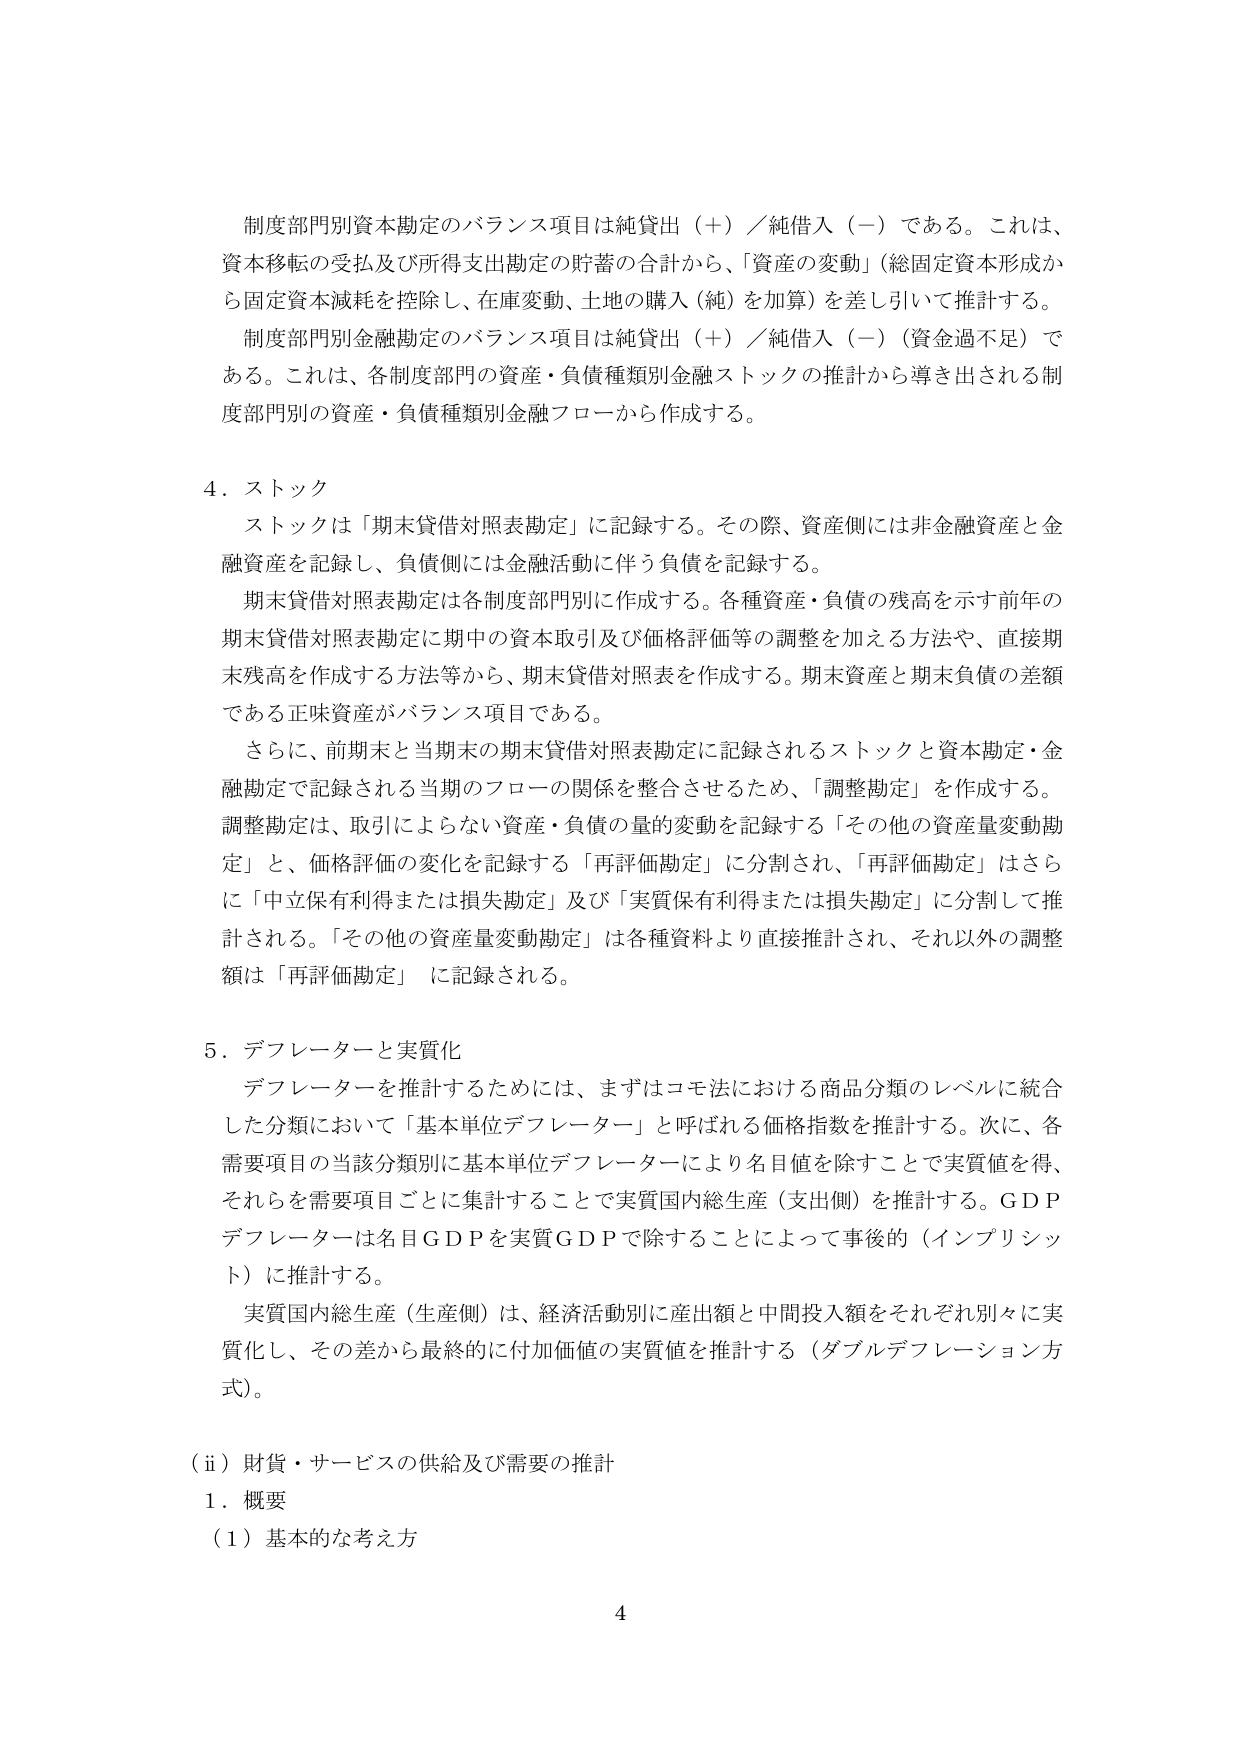
制度部門別資本勘定のバランス項目は純貸出（＋）／純借入（－）である。これは、
資本移転の受払及び所得支出勘定の貯蓄の合計から、「資産の変動」（総固定資本形成か
ら固定資本減耗を控除し、在庫変動、土地の購入（純）を加算）を差し引いて推計する。
制度部門別金融勘定のバランス項目は純貸出（＋）／純借入（－）（資金過不足）で
ある。これは、各制度部門の資産・負債種類別金融ストックの推計から導き出される制
度部門別の資産・負債種類別金融フローから作成する。

４．ストック
　ストックは「期末貸借対照表勘定」に記録する。その際、資産側には非金融資産と金
融資産を記録し、負債側には金融活動に伴う負債を記録する。
　期末貸借対照表勘定は各制度部門別に作成する。各種資産・負債の残高を示す前年の
期末貸借対照表勘定に期中の資本取引及び価格評価等の調整を加える方法や、直接期
末残高を作成する方法等から、期末貸借対照表を作成する。期末資産と期末負債の差額
である正味資産がバランス項目である。
　さらに、前期末と当期末の期末貸借対照表勘定に記録されるストックと資本勘定・金
融勘定で記録される当期のフローの関係を整合させるため、「調整勘定」を作成する。
調整勘定は、取引によらない資産・負債の量的変動を記録する「その他の資産量変動勘
定」と、価格評価の変化を記録する「再評価勘定」に分割され、「再評価勘定」はさら
に「中立保有利得または損失勘定」及び「実質保有利得または損失勘定」に分割して推
計される。「その他の資産量変動勘定」は各種資料より直接推計され、それ以外の調整
額は「再評価勘定」に記録される。

５．デフレーターと実質化
　デフレーターを推計するためには、まずはコモ法における商品分類のレベルに統合
した分類において「基本単位デフレーター」と呼ばれる価格指数を推計する。次に、各
需要項目の当該分類別に基本単位デフレーターにより名目値を除することで実質値を得、
それらを需要項目ごとに集計することで実質国内総生産（支出側）を推計する。ＧＤＰ
デフレーターは名目ＧＤＰを実質ＧＤＰで除すことによって事後的（インプリシッ
ト）に推計する。
　実質国内総生産（生産側）は、経済活動別に産出額と中間投入額をそれぞれ別々に実
質化し、その差から最終的に付加価値の実質値を推計する（ダブルデフレーション方
式）。

（ⅱ）財貨・サービスの供給及び需要の推計
　１．概要
　（１）基本的な考え方

４